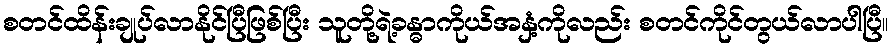
စတင်ထိန်းချုပ်လာနိုင်ပြီဖြစ်ပြီး သူတို့ရဲ့ခန္ဓာကိုယ်အနှံ့ကိုလည်း စတင်ကိုင်တွယ်လာပါပြီ။